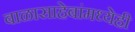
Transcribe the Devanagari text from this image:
बाळासाहेबांमध्येही